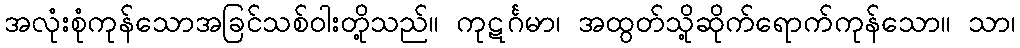
အလုံးစုံကုန်သောအခြင်သစ်ဝါးတို့သည်။ ကုဋင်္ဂမာ၊ အထွတ်သို့ဆိုက်ရောက်ကုန်သော။ သာ၊